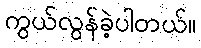
ကွယ်လွန်ခဲ့ပါတယ်။